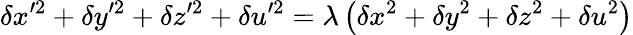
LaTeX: \delta x^{\prime 2}+\delta y^{\prime 2}+\delta z^{\prime 2}+\delta u^{\prime 2}=\lambda\left(\delta x^{2}+\delta y^{2}+\delta z^{2}+\delta u^{2}\right)